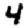
Digit: 4